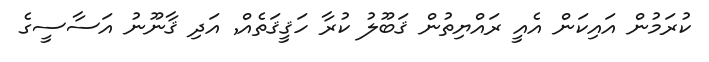
ކުރަމުން އައިކަން އެއީ ރައްޔިތުން ޤަބޫލު ކުރާ ހަޤީޤަތެއް